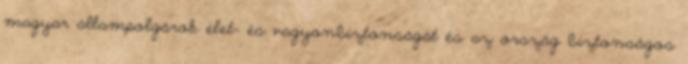
magyar állampolgárok élet- és vagyonbiztonságát és az ország biztonságos